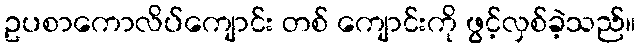
ဥပစာကောလိပ်ကျောင်း တစ် ကျောင်းကို ဖွင့်လှစ်ခဲ့သည်။